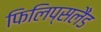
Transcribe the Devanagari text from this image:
फिलिप्सलैंड